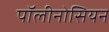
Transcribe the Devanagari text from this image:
पॉलीनोसियन